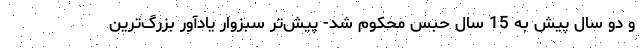
و دو سال پیش به 15 سال حبس محکوم شد- پیش‌تر سبزوار یادآور بزرگ‌ترین